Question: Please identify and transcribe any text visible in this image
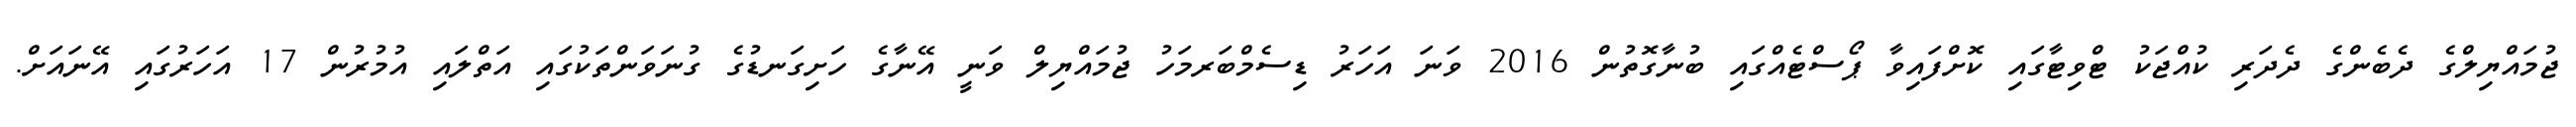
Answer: ޖުމައްޔިލްގެ ދެބެންގެ ދެދަރި ކުއްޖަކު ޓްވިޓާގައި ކޮށްފައިވާ ޕޯސްޓެއްގައި ބުނާގޮތުން 2016 ވަނަ އަހަރު ޑިސެމްބަރމަހު ޖުމައްޔިލް ވަނީ އޭނާގެ ހަށިގަނޑުގެ ގުނަވަންތަކުގައި އަތްލައި އުމުރުން 17 އަހަރުގައި އޭނައަށް.